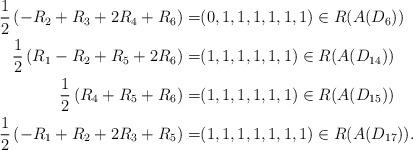
LaTeX: \begin{align*}\frac{1}{2}\left(-R_2+R_3+2R_4+R_6\right)=&(0, 1, 1, 1, 1, 1, 1)\in R(A(D_6))\\\frac{1}{2}\left(R_1-R_2+R_5+2R_6\right)=&(1, 1, 1, 1, 1, 1)\in R(A(D_{14}))\\\frac{1}{2}\left(R_4+R_5+R_6\right)=&(1, 1, 1, 1, 1, 1) \in R(A(D_{15}))\\\frac{1}{2}\left(-R_1+R_2+2R_3+R_5\right)=&(1, 1, 1, 1, 1, 1, 1)\in R(A(D_{17})).\end{align*}